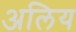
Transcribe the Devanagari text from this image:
अलिय